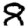
Digit: 8